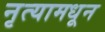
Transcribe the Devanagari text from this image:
नृत्यामधून